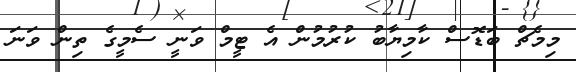
މިމެޗް ބަޑޮސް ކާމިޔާބު ކުރުމުން އެ ޓީމް ވަނީ ސެމީގެ ތިން ވަނަ